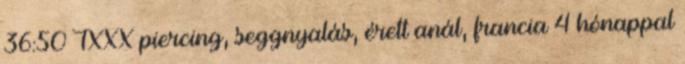
36:50 TXXX piercing, seggnyalás, érett anál, francia 4 hónappal